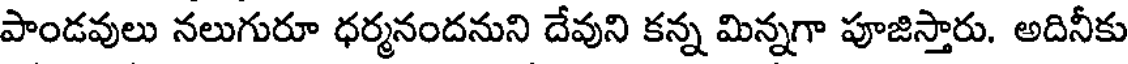
పాండవులు నలుగురూ ధర్మనందనుని దేవుని కన్న మిన్నగా పూజిస్తారు. అదినీకు